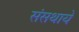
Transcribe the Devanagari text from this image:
संसथायें